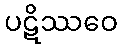
ပဋိဿဝေ